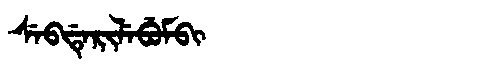
Manchu: ᠰᡝᠪᡩᡝᡵᡳᠯᡝᠪᡠᠮᠪᡳ
Romanization: SEBDERILEBUMBI